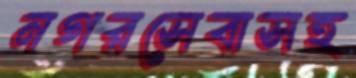
নগরসেবাসহ